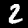
Digit: 2